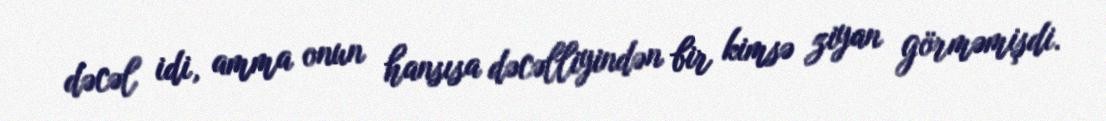
dəcəl idi, amma onun hansısa dəcəlliyindən bir kimsə ziyan görməmişdi.